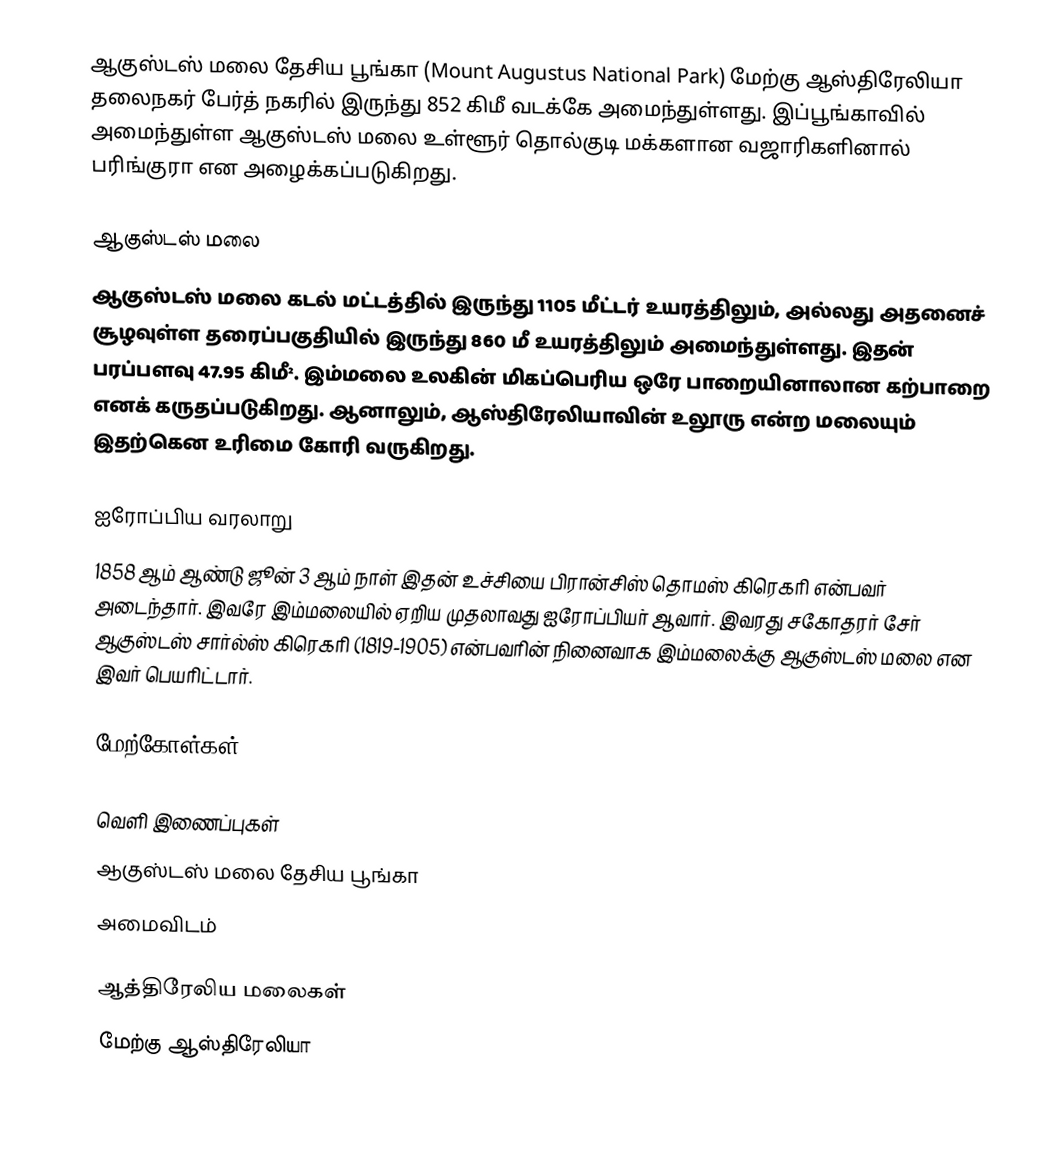
ஆகுஸ்டஸ் மலை தேசிய பூங்கா (Mount Augustus National Park) மேற்கு ஆஸ்திரேலியா தலைநகர் பேர்த் நகரில் இருந்து 852 கிமீ வடக்கே அமைந்துள்ளது. இப்பூங்காவில் அமைந்துள்ள ஆகுஸ்டஸ் மலை உள்ளூர் தொல்குடி மக்களான வஜாரிகளினால் பரிங்குரா என அழைக்கப்படுகிறது.

ஆகுஸ்டஸ் மலை
ஆகுஸ்டஸ் மலை கடல் மட்டத்தில் இருந்து 1105 மீட்டர் உயரத்திலும், அல்லது அதனைச் சூழவுள்ள தரைப்பகுதியில் இருந்து 860 மீ உயரத்திலும் அமைந்துள்ளது. இதன் பரப்பளவு 47.95 கிமீ². இம்மலை உலகின் மிகப்பெரிய ஒரே பாறையினாலான கற்பாறை எனக் கருதப்படுகிறது. ஆனாலும், ஆஸ்திரேலியாவின் உலூரு என்ற மலையும் இதற்கென உரிமை கோரி வருகிறது.

ஐரோப்பிய வரலாறு
1858 ஆம் ஆண்டு ஜூன் 3 ஆம் நாள் இதன் உச்சியை பிரான்சிஸ் தொமஸ் கிரெகரி என்பவர் அடைந்தார். இவரே இம்மலையில் ஏறிய முதலாவது ஐரோப்பியர் ஆவார். இவரது சகோதரர் சேர் ஆகுஸ்டஸ் சார்ல்ஸ் கிரெகரி (1819-1905) என்பவரின் நினைவாக இம்மலைக்கு ஆகுஸ்டஸ் மலை என இவர் பெயரிட்டார்.

மேற்கோள்கள்

வெளி இணைப்புகள்
 ஆகுஸ்டஸ் மலை தேசிய பூங்கா
 அமைவிடம்

ஆத்திரேலிய மலைகள்
மேற்கு ஆஸ்திரேலியா